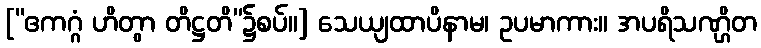
[“ဧကဂ္ဂံ ဟိတွာ တိဋ္ဌတိ”၌စပ်။] သေယျထာပိနာမ၊ ဥပမာကား။ အပရိသဏ္ဌိတ